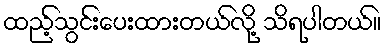
ထည့်သွင်းပေးထားတယ်လို့ သိရပါတယ်။